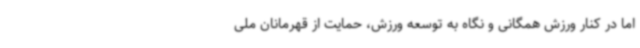
اما در کنار ورزش همگانی و نگاه به توسعه ورزش، حمایت از قهرمانان ملی